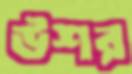
উশর